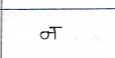
मजकूर: न